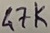
Text: 47K